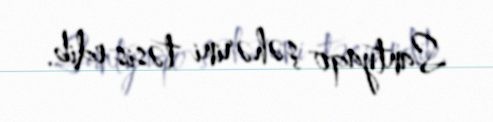
Santyaqo şəhərini təsis edib.